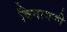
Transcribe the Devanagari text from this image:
विनायकी